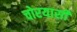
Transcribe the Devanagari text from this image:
चोरयासी